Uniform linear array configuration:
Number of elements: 32
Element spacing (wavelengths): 1
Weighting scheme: kaiser
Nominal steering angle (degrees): -15
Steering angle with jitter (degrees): -16.352
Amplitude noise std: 0.05
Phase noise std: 0.05

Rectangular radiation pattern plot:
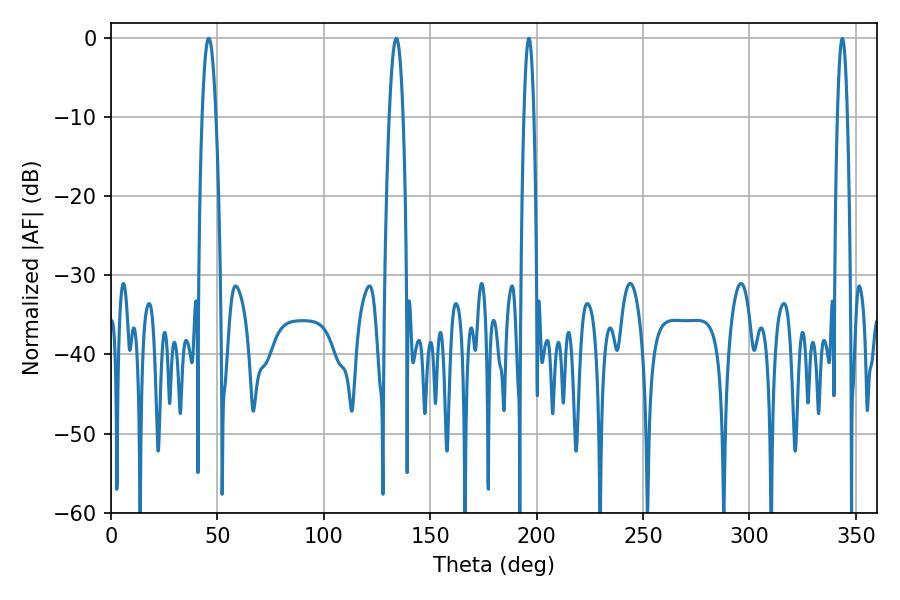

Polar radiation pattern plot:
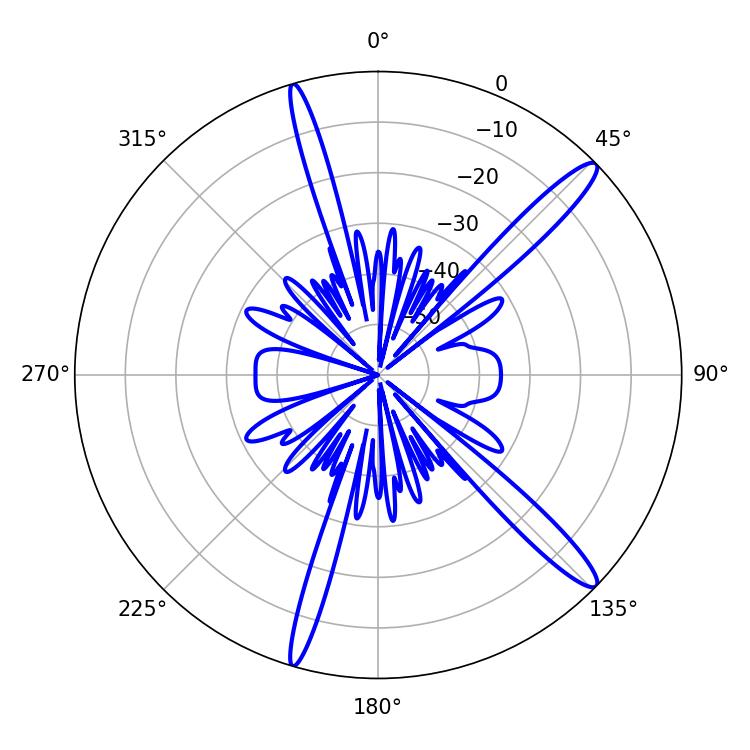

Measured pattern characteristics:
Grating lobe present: TRUE
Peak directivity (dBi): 14.563
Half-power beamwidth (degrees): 3.42
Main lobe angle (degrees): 45.9